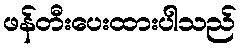
ဖန်တီးပေးထားပါသည်